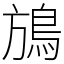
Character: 鴋